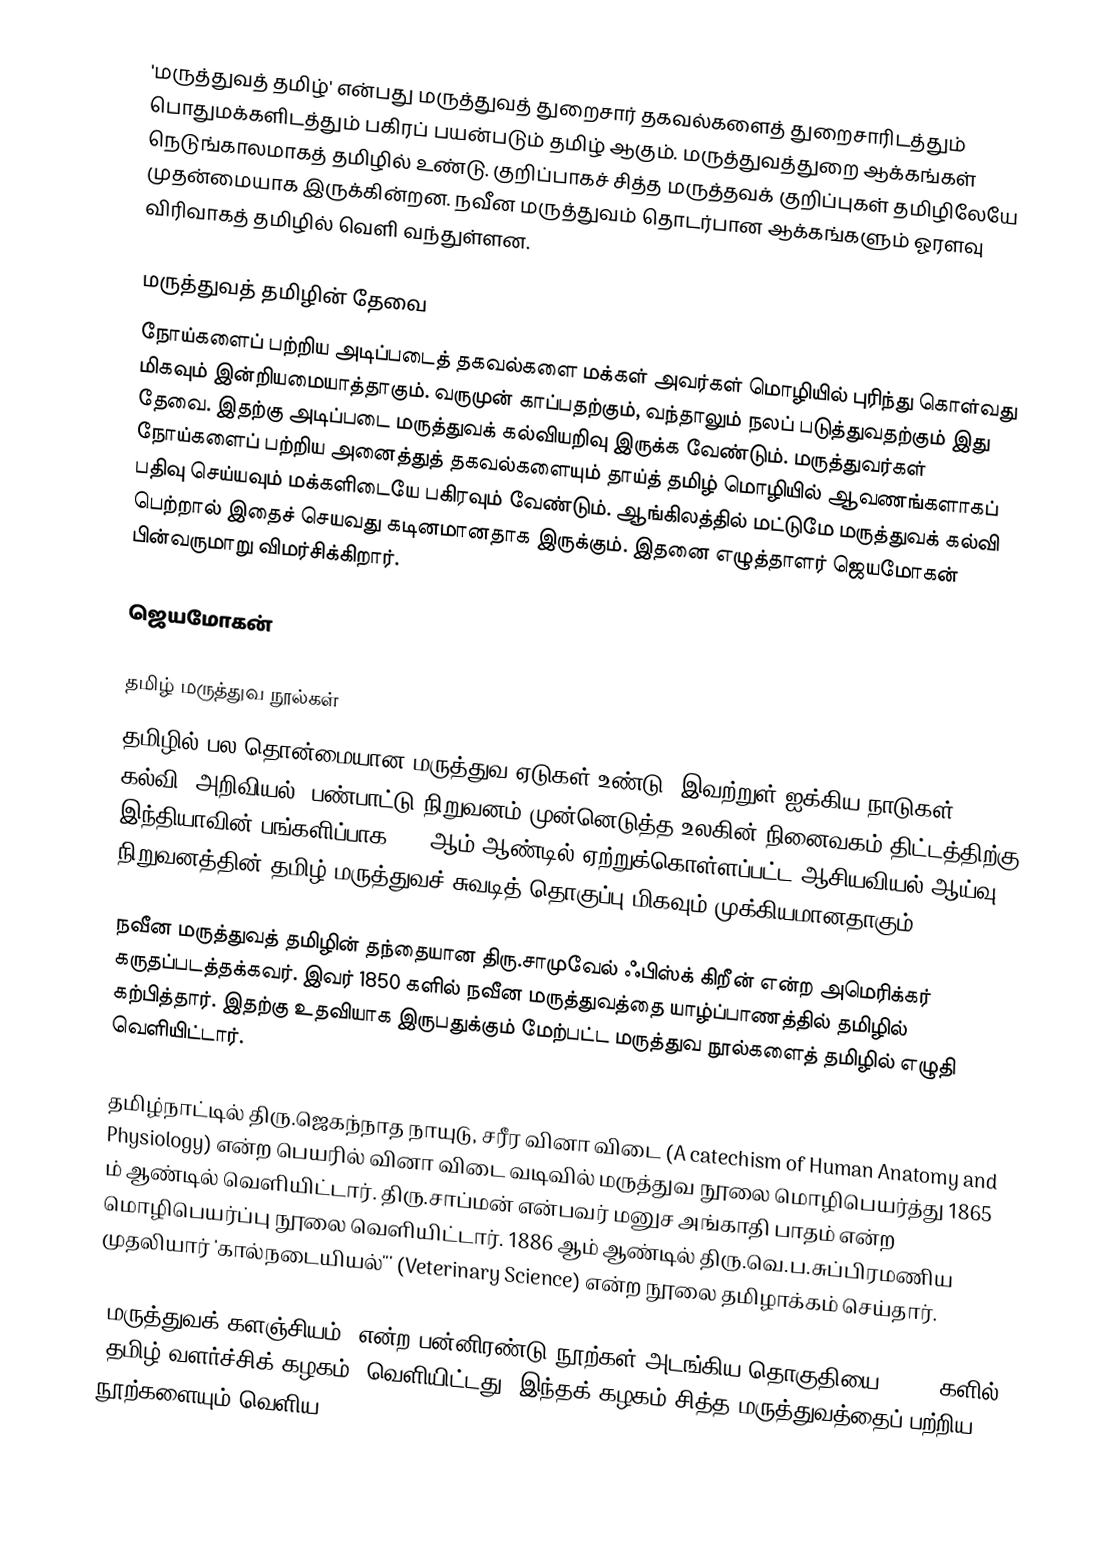
'மருத்துவத் தமிழ்' என்பது மருத்துவத் துறைசார் தகவல்களைத் துறைசாரிடத்தும் பொதுமக்களிடத்தும் பகிரப் பயன்படும் தமிழ் ஆகும்.  மருத்துவத்துறை ஆக்கங்கள் நெடுங்காலமாகத் தமிழில் உண்டு.  குறிப்பாகச் சித்த மருத்தவக் குறிப்புகள் தமிழிலேயே முதன்மையாக இருக்கின்றன.  நவீன மருத்துவம் தொடர்பான ஆக்கங்களும் ஓரளவு விரிவாகத் தமிழில் வெளி வந்துள்ளன.

மருத்துவத் தமிழின் தேவை
நோய்களைப் பற்றிய அடிப்படைத் தகவல்களை மக்கள் அவர்கள் மொழியில் புரிந்து கொள்வது மிகவும் இன்றியமையாத்தாகும்.  வருமுன் காப்பதற்கும், வந்தாலும் நலப் படுத்துவதற்கும் இது தேவை.  இதற்கு அடிப்படை மருத்துவக் கல்வியறிவு இருக்க வேண்டும்.  மருத்துவர்கள் நோய்களைப் பற்றிய அனைத்துத் தகவல்களையும் தாய்த் தமிழ் மொழியில் ஆவணங்களாகப் பதிவு செய்யவும் மக்களிடையே பகிரவும் வேண்டும். ஆங்கிலத்தில் மட்டுமே மருத்துவக் கல்வி பெற்றால் இதைச் செயவது கடினமானதாக இருக்கும்.  இதனை எழுத்தாளர் ஜெயமோகன் பின்வருமாறு விமர்சிக்கிறார்.

 ஜெயமோகன்

தமிழ் மருத்துவ நூல்கள்
தமிழில் பல தொன்மையான மருத்துவ ஏடுகள் உண்டு. இவற்றுள் ஐக்கிய நாடுகள் கல்வி, அறிவியல், பண்பாட்டு நிறுவனம் முன்னெடுத்த உலகின் நினைவகம் திட்டத்திற்கு இந்தியாவின் பங்களிப்பாக 1997ஆம் ஆண்டில் ஏற்றுக்கொள்ளப்பட்ட  ஆசியவியல் ஆய்வு நிறுவனத்தின் தமிழ் மருத்துவச் சுவடித் தொகுப்பு மிகவும் முக்கியமானதாகும்.

நவீன மருத்துவத் தமிழின் தந்தையான திரு.சாமுவேல் ஃபிஸ்க் கிறீன் என்ற அமெரிக்கர் கருதப்படத்தக்கவர்.  இவர் 1850 களில் நவீன மருத்துவத்தை யாழ்ப்பாணத்தில் தமிழில் கற்பித்தார்.  இதற்கு உதவியாக இருபதுக்கும் மேற்பட்ட மருத்துவ  நூல்களைத் தமிழில் எழுதி வெளியிட்டார்.

தமிழ்நாட்டில் திரு.ஜெகந்நாத நாயுடு, சரீர வினா விடை (A catechism of Human Anatomy and Physiology) என்ற பெயரில் வினா விடை வடிவில் மருத்துவ நூலை மொழிபெயர்த்து 1865 ம் ஆண்டில் வெளியிட்டார்.  திரு.சாப்மன் என்பவர் மனுச அங்காதி பாதம் என்ற மொழிபெயர்ப்பு நூலை வெளியிட்டார்.  1886 ஆம் ஆண்டில் திரு.வெ.ப.சுப்பிரமணிய முதலியார் 'கால்நடையியல்''' (Veterinary Science) என்ற நூலை தமிழாக்கம் செய்தார்.

'மருத்துவக் களஞ்சியம்' என்ற பன்னிரண்டு நூற்கள் அடங்கிய தொகுதியை, 1990 களில் 'தமிழ் வளர்ச்சிக் கழகம்' வெளியிட்டது.  இந்தக் கழகம் சித்த மருத்துவத்தைப் பற்றிய நூற்களையும் வெளிய